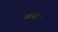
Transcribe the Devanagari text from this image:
यानीं